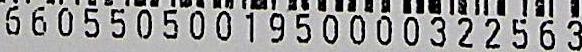
6605505001950000322563